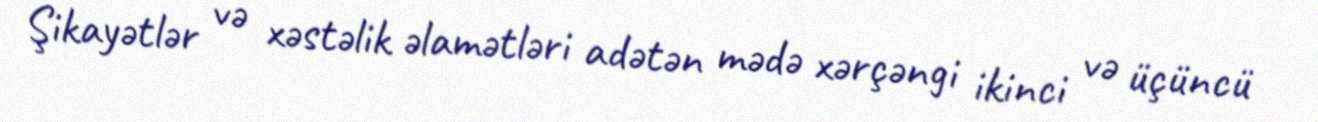
Şikayətlər və xəstəlik əlamətləri adətən mədə xərçəngi ikinci və üçüncü